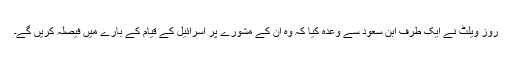
روز ویلٹ نے ایک طرف ابن سعود سے وعدہ کیا کہ وہ ان کے مشورے پر اسرائیل کے قیام کے بارے میں فیصلہ کریں گے۔